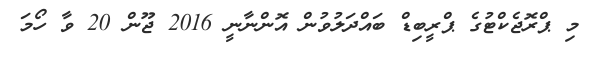
މި ޕްރޮޖެކްޓުގެ ޕްރީބިޑް ބައްދަލުވުން އޮންނާނީ 2016 ޖޫން 20 ވާ ހޯމަ